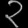
Digit: ၃